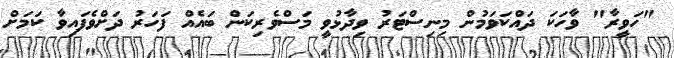
"ހަވީރާ" ވާހަކަ ދައްކަވަމުން މިނިސްޓަރު ވިދާޅުވީ މަސްވެރިކަން ބައެއް ފަހަރު ދަށްވެފައިވާ ކަމަށް